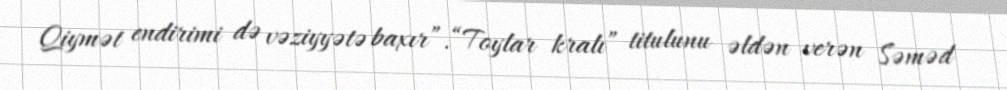
Qiymət endirimi də vəziyyətə baxır”.“Toylar kralı” titulunu əldən verən Səməd